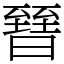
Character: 㬜